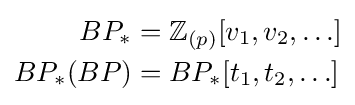
{\begin{aligned}BP_{*}&=\mathbb {Z} _{(p)}[v_{1},v_{2},\ldots ]\\BP_{*}(BP)&=BP_{*}[t_{1},t_{2},\ldots ]\end{aligned}}